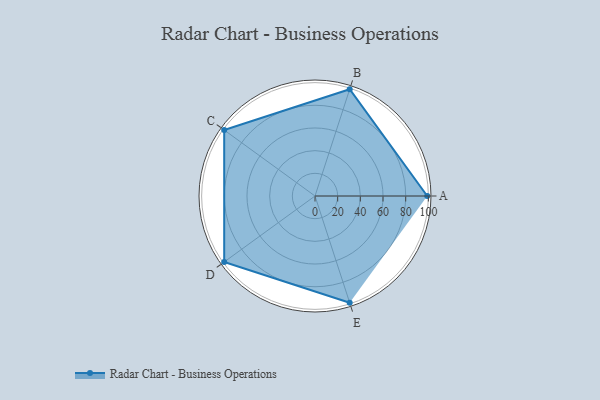
{"axis": {"x": "Skill", "y": "Score"}, "legend": ["Profile"], "data": [{"x": "A", "y": 99, "type": "Profile"}, {"x": "B", "y": 99, "type": "Profile"}, {"x": "C", "y": 99, "type": "Profile"}, {"x": "D", "y": 99, "type": "Profile"}, {"x": "E", "y": 99, "type": "Profile"}]}